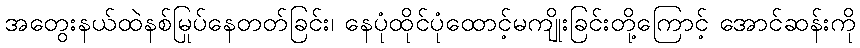
အတွေးနယ်ထဲနစ်မြုပ်နေတတ်ခြင်း၊ နေပုံထိုင်ပုံထောင့်မကျိုးခြင်းတို့ကြောင့် အောင်ဆန်းကို